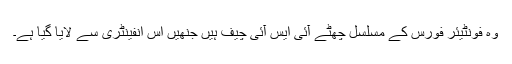
وہ فونٹیئر فورس کے مسلسل چھٹے آئی ایس آئی چیف ہیں جنھیں اس انفینٹری سے لایا گیا ہے۔